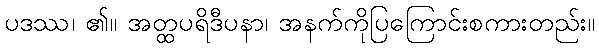
ပဒဿ၊ ၏။ အတ္ထပရိဒီပနာ၊ အနက်ကိုပြကြောင်းစကားတည်း။